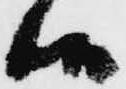
候